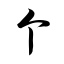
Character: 个